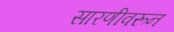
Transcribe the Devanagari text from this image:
सारणीवरून